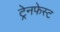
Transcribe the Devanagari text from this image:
ट्रेनफेस्ट